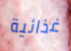
غذائية